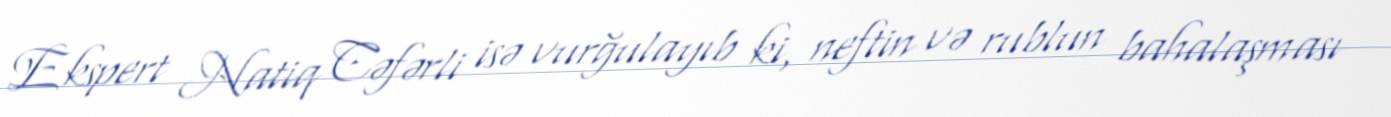
Ekspert Natiq Cəfərli isə vurğulayıb ki, neftin və rublun bahalaşması